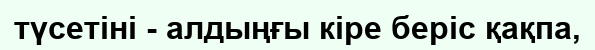
түсетіні - алдыңғы кіре беріс қақпа,